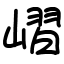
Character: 嶍